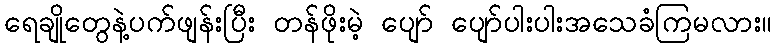
ရေချိုတွေနဲ့ပက်ဖျန်းပြီး တန်ဖိုးမဲ့ ပျော် ပျော်ပါးပါးအသေခံကြမလား။